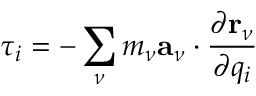
\tau _ { i } = - \sum _ { \nu } m _ { \nu } \mathbf { a } _ { \nu } \cdot \frac { \partial \mathbf { r } _ { \nu } } { \partial q _ { i } }